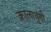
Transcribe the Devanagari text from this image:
कालाधुंगी